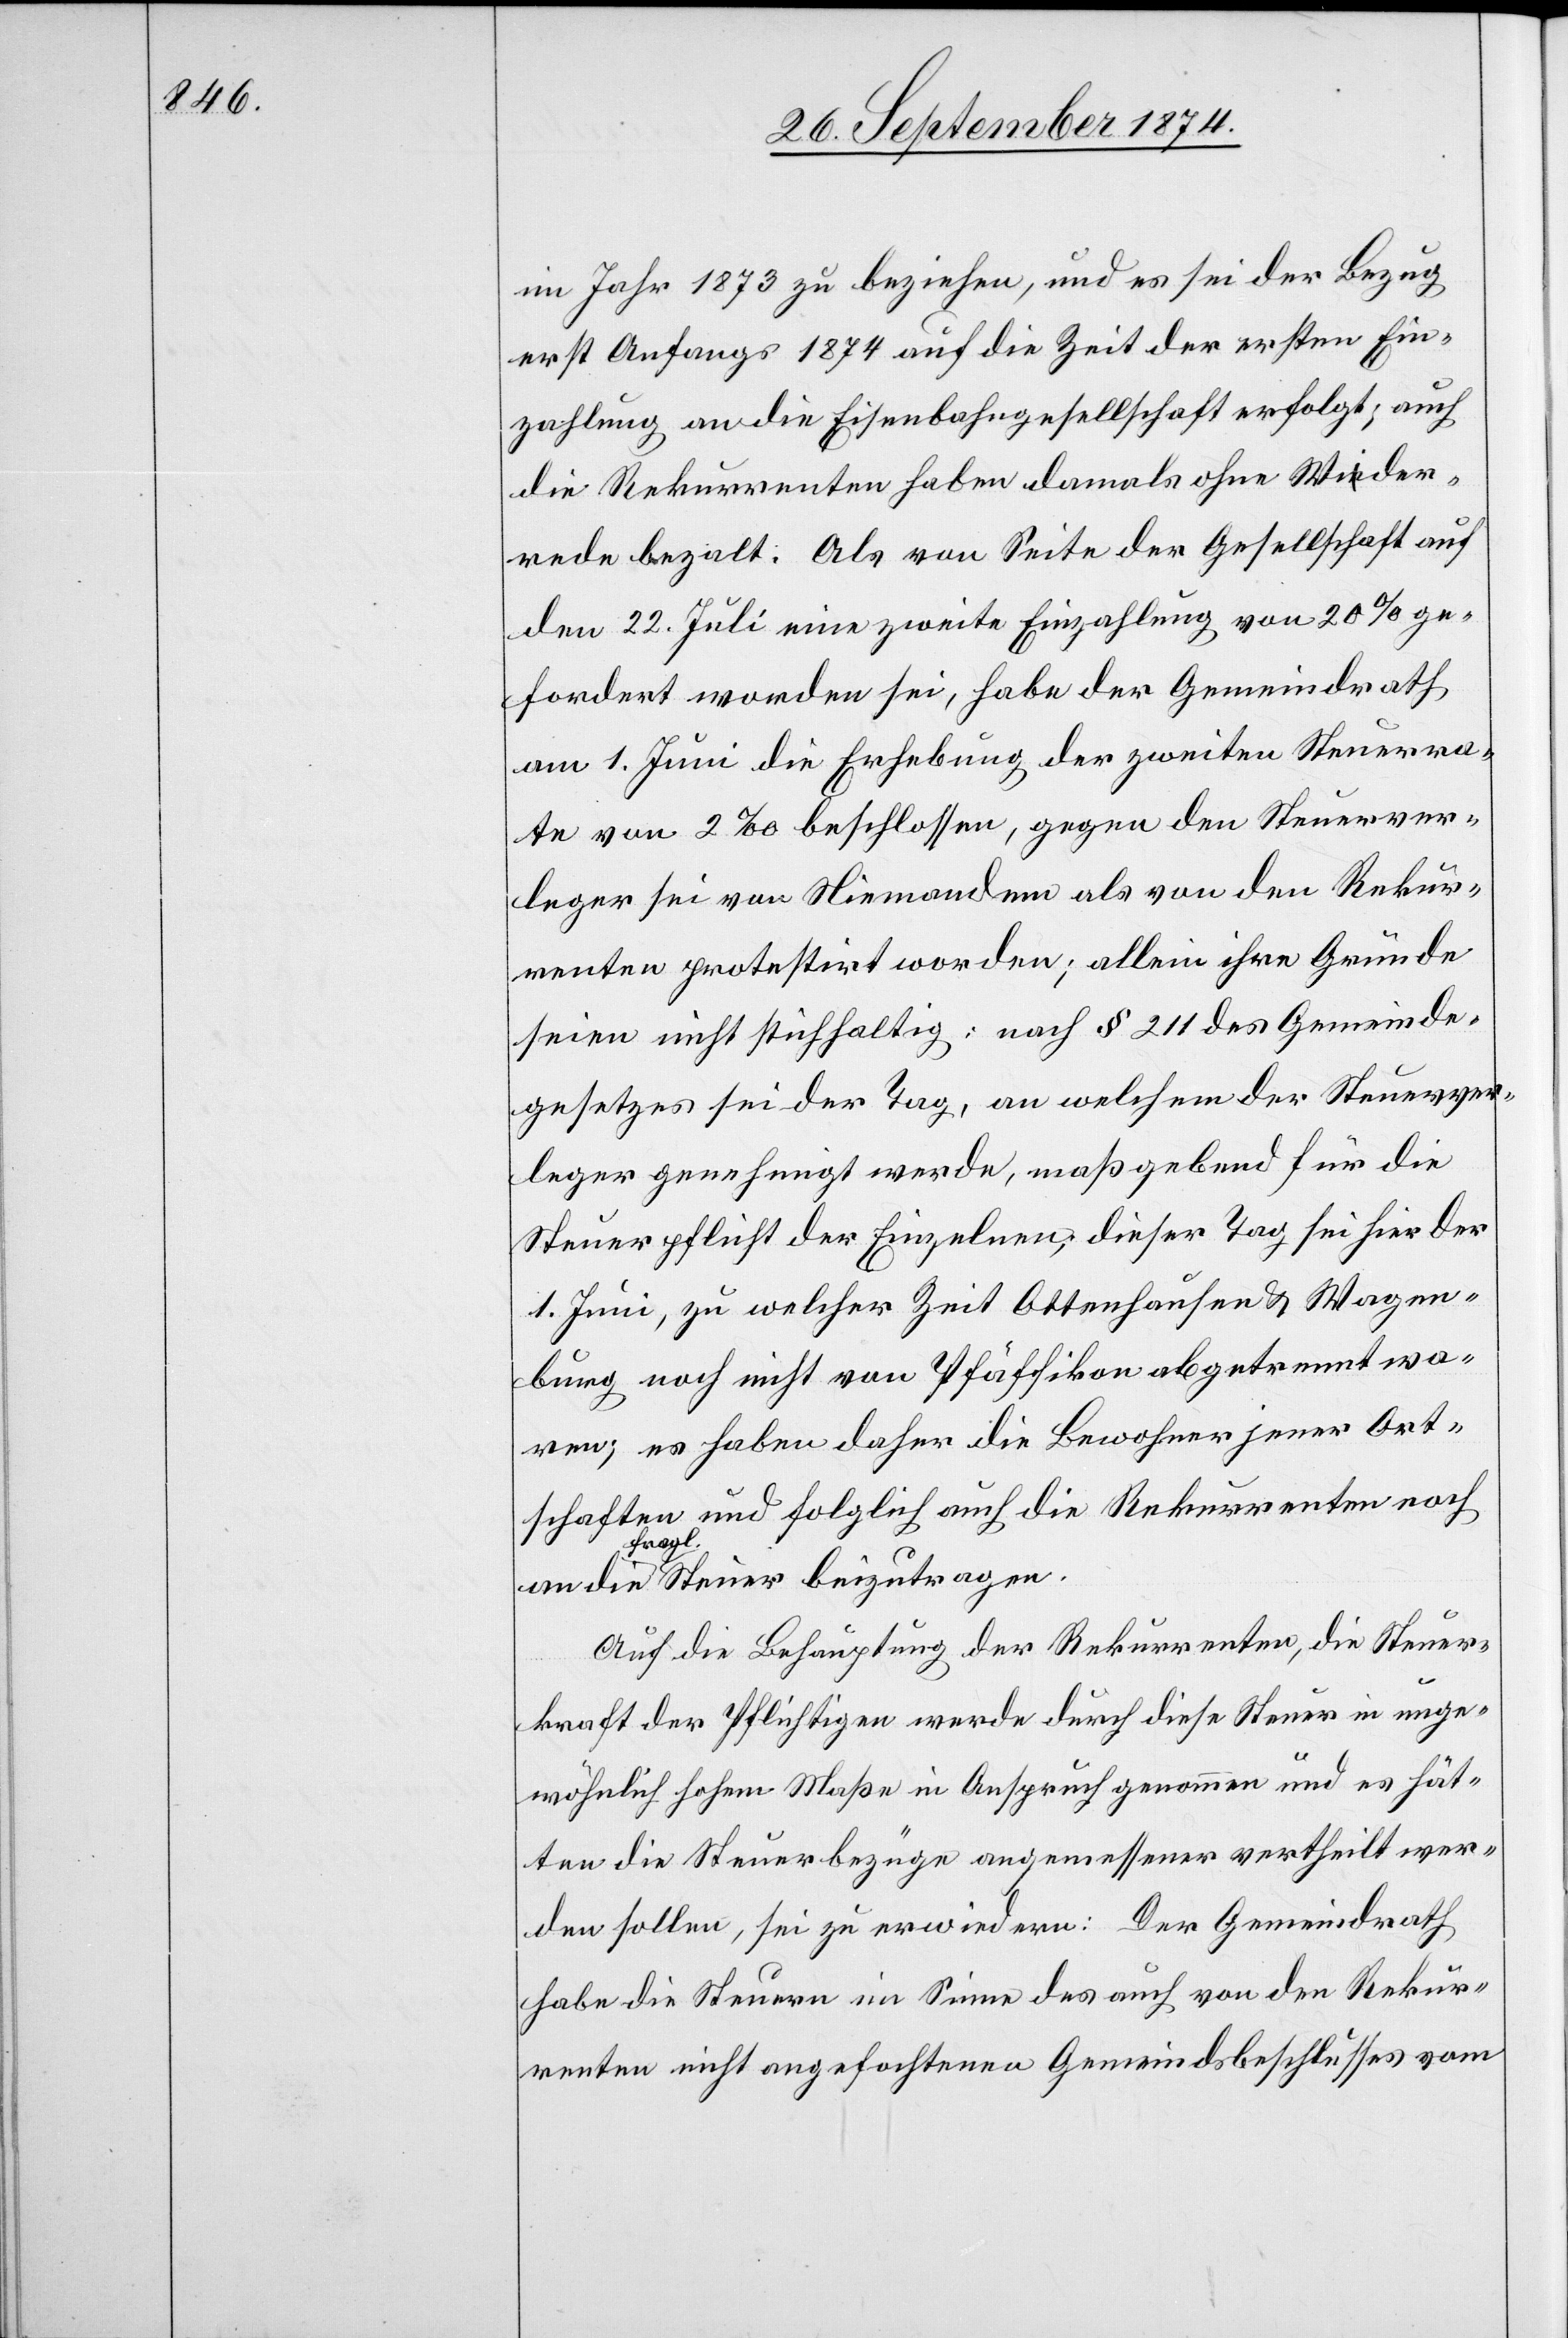
im Jahr 1873 zu beziehen, und es sei der Bezug
erst Anfangs 1874 auf die Zeit der ersten Ein¬
zahlung an die Eisenbahngesellschaft erfolgt; auch
die Rekurrenten haben damals ohne Wider¬
rede bezalt. Als von Seite der Gesellschaft auf
den 22. Juli eine zweite Einzahlung von 20% ge¬
fordert worden sei, habe der Gemeindrath
am 1. Juni die Erhebung der zweiten Steuerra¬
te von 2‰ beschlossen, gegen den Steuerver¬
leger sei von Niemandem als von den Rekur¬
renten protestirt worden; allein ihre Gründe
seien nicht stichhaltig: nach § 211 des Gemeinde¬
gesetzes sei der Tag, an welchem der Steuerver¬
leger genehmigt werde, maßgebend für die
Steuerpflicht der Einzelnen, dieser Tag sei hier der
1. Juni, zu welcher Zeit Ottenhausen & Wagen¬
burg noch nicht von Pfäffikon abgetrennt wa¬
ren; es haben daher die Bewohner jener Ort¬
schaften und folglich auch die Rekurrenten noch
Auf die Behauptung der Rekurrenten, die Steuer¬
kraft der Pflichtigen werde durch diese Steuer in unge¬
wöhnlich hohem Maße in Anspruch genommen und es hät¬
ten die Steuerbezüge angemessener vertheilt wer¬
den sollen, sei zu erwiedern: Der Gemeindrath
habe die Steuern im Sinne des auch von den Rekur¬
renten nicht angefochtenen Gemeindsbeschlusses vom